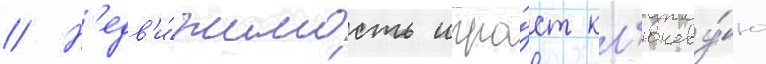
// Н'едв'и́жимость игра́ет кл'ючеву́ю